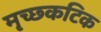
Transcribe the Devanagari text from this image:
मृच्छ्कटिक